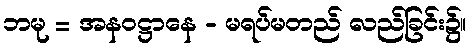
ဘမု = အနဝဋ္ဌာနေ - မရပ်မတည် လည်ခြင်း၌။